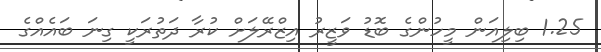
1.25 ބިލިއަން މީހުންގެ ބޮޑު ވަޒީރު އިޒްރޭލަށް ކުރާ ދަތުރަކީ ގިނަ ބައެއްގެ